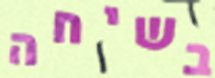
בשיחה